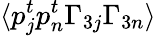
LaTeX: \langle p_{j}^{t}p_{n}^{t}\Gamma_{3j}\Gamma_{3n}\rangle